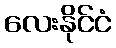
လေးနိုင်ငံ